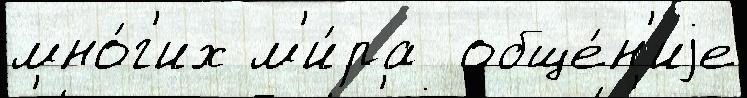
мно́г'их м'и́ра  обще́н'иjе